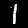
Label: 1